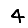
Digit: 4